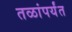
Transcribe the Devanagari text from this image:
तळांपर्यंत